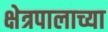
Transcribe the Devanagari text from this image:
क्षेत्रपालाच्या